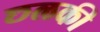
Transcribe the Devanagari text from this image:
छलकी